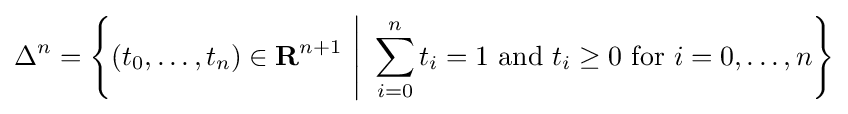
\Delta ^{n}=\left\{(t_{0},\dots ,t_{n})\in \mathbf {R} ^{n+1}~{\Bigg |}~\sum _{i=0}^{n}t_{i}=1{\text{ and }}t_{i}\geq 0{\text{ for }}i=0,\ldots ,n\right\}